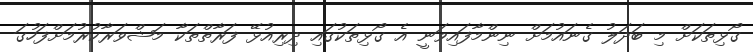
ގޯޅިތަކަށް މި ބަދަލު ގެނައުމަށް ނިންމާފައިވަނީ އެ ގޯޅިތަކުގައި ދިރިއުޅޭ ފަރާތްތަކާ މަޝްވަރާކުރުމަށްފަހުގަ